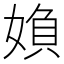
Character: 媍